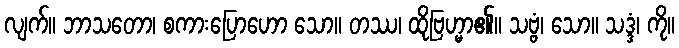
လျက်။ ဘာသတော၊ စကားပြောဟော သော။ တဿ၊ ထိုဗြဟ္မာ၏။ သဗ္ဗံ၊ သော။ သဒ္ဒံ၊ ကို။